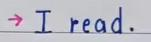
-> I read .